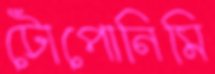
টোপোনিমি